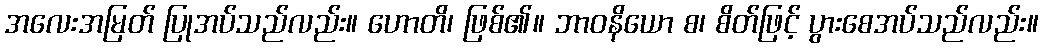
အလေးအမြတ် ပြုအပ်သည်လည်း။ ဟောတိ၊ ဖြစ်၏။ ဘာဝနိယော စ၊ စိတ်ဖြင့် ပွားစေအပ်သည်လည်း။